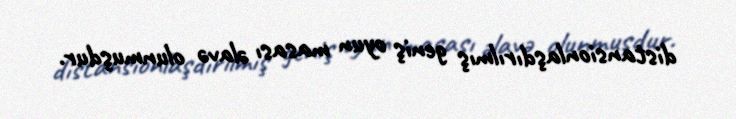
distansionlaşdırılmış geniş oyun masası əlavə olunmuşdur.